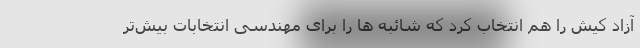
آزاد کیش را هم انتخاب کرد که شائبه ها را برای مهندسی انتخابات بیش‌تر